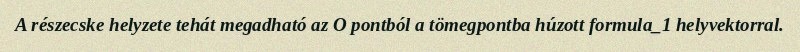
A részecske helyzete tehát megadható az O pontból a tömegpontba húzott formula_1 helyvektorral.